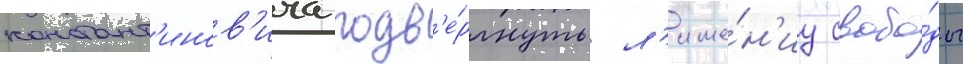
констант'инов'ича подв'е́ргнуть л'ише́н'иу свобо́ды